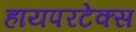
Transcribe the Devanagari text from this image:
हायपरटेक्स